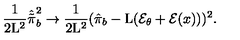
\frac { 1 } { 2 \mathrm { L } ^ { 2 } } \hat { \tilde { \pi } } _ { b } ^ { 2 } \rightarrow \frac { 1 } { 2 \mathrm { L } ^ { 2 } } ( \hat { \pi } _ { b } - \mathrm { L } ( { \cal E } _ { \theta } + { \cal E } ( x ) ) ) ^ { 2 } .